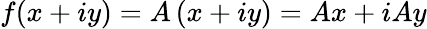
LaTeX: f(x+iy)=A\, (x+iy)=Ax+iAy